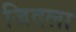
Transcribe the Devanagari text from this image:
जिदला